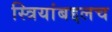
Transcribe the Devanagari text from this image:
स्त्रियांबद्दलच